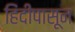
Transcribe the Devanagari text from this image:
हिंदीपासून